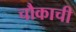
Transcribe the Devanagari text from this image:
चौकाची